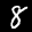
Label: 8